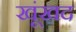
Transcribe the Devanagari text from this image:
खूंखद